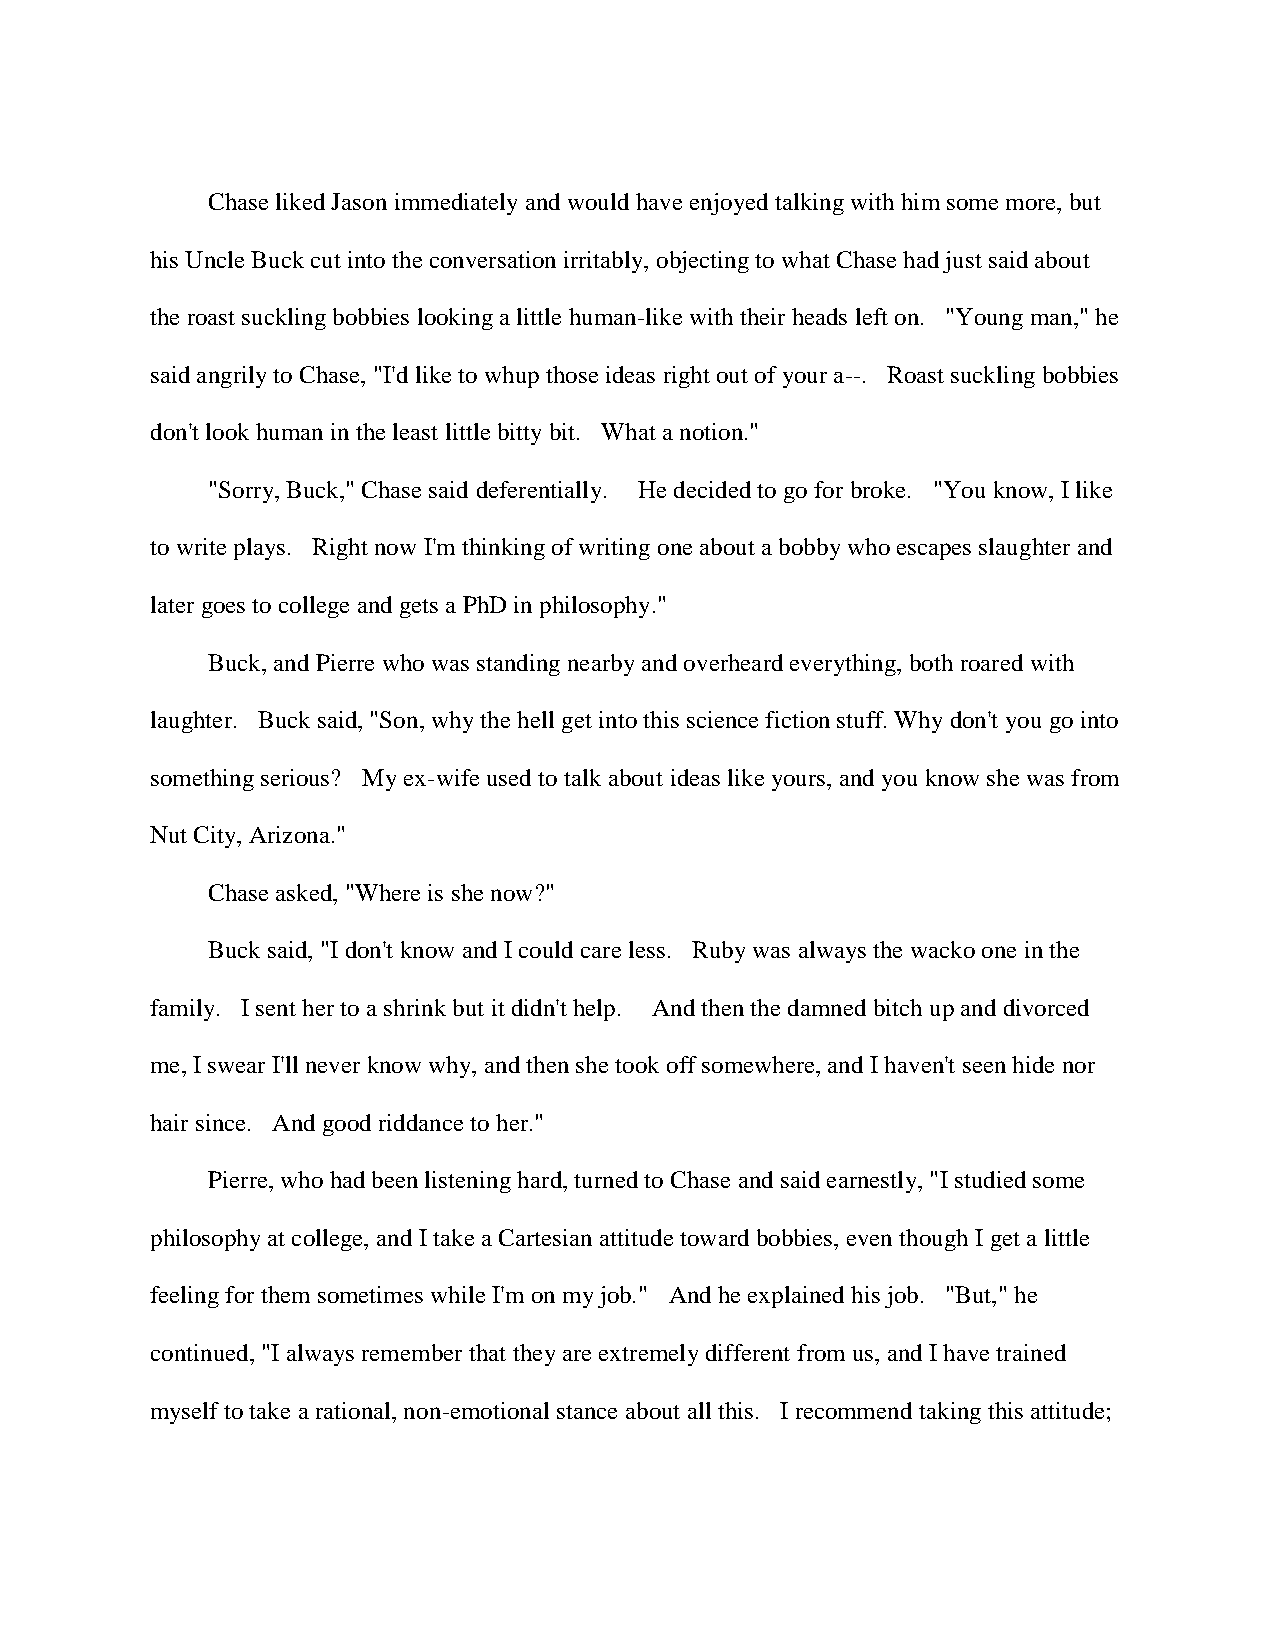
Chase liked Jason immediately and would have enjoyed talking with him some more, but
 his Uncle Buck cut into the conversation irritably, objecting to what Chase had just said about
 the roast suckling bobbies looking a little human-like with their heads left on. "Young man," he
 said angrily to Chase, "I'd like to whup those ideas right out of your a--. Roast suckling bobbies
 don't look human in the least little bitty bit. What a notion."
 "Sorry, Buck," Chase said deferentially. He decided to go for broke. "You know, I like
 to write plays. Right now I'm thinking of writing one about a bobby who escapes slaughter and
 later goes to college and gets a PhD in philosophy."
 Buck, and Pierre who was standing nearby and overheard everything, both roared with
 laughter. Buck said, "Son, why the hell get into this science fiction stuff. Why don't you go into
 something serious? My ex-wife used to talk about ideas like yours, and you know she was from
 Nut City, Arizona."
 Chase asked, "Where is she now?"
 Buck said, "I don't know and I could care less. Ruby was always the wacko one in the
 family. I sent her to a shrink but it didn't help. And then the damned bitch up and divorced
 me, I swear I'll never know why, and then she took off somewhere, and I haven't seen hide nor
 hair since. And good riddance to her."
 Pierre, who had been listening hard, turned to Chase and said earnestly, "I studied some
 philosophy at college, and I take a Cartesian attitude toward bobbies, even though I get a little
 feeling for them sometimes while I'm on my job." And he explained his job. "But," he
 continued, "I always remember that they are extremely different from us, and I have trained
 myself to take a rational, non-emotional stance about all this. I recommend taking this attitude;